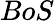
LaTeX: BoS